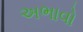
અભાવો